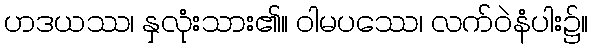
ဟဒယဿ၊ နှလုံးသား၏။ ဝါမပဿေ၊ လက်ဝဲနံပါး၌။